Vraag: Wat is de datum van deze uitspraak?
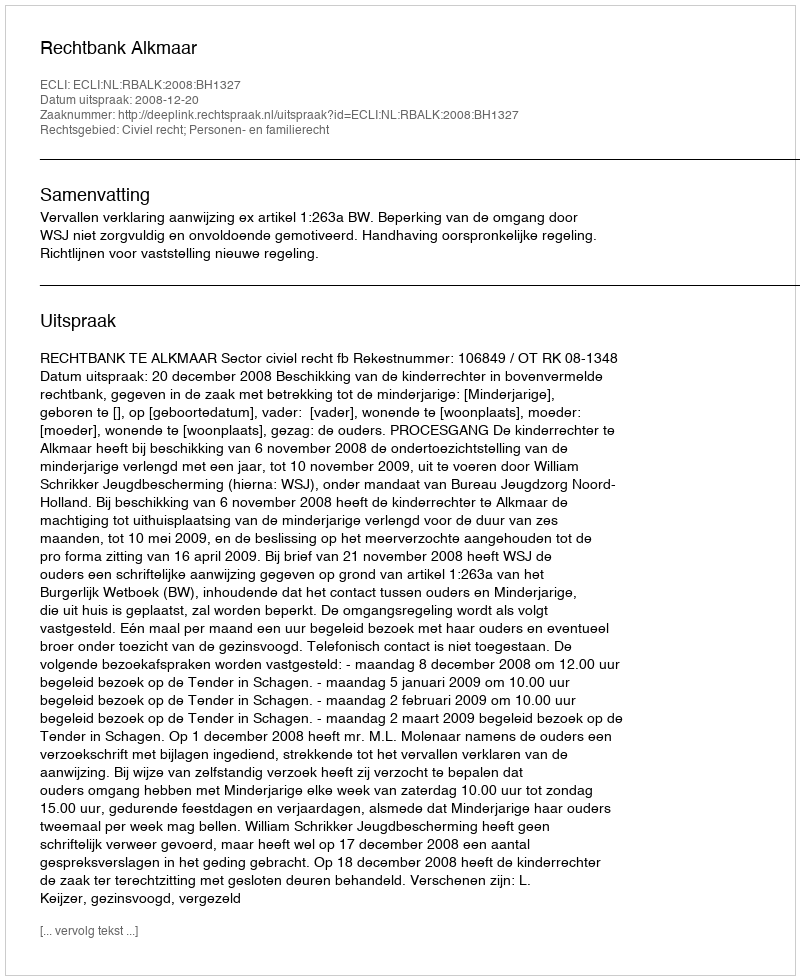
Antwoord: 2008-12-20